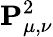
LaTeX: \mathbf{P}_{\mu,\nu}^{2}